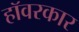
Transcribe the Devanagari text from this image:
हॉवरकार